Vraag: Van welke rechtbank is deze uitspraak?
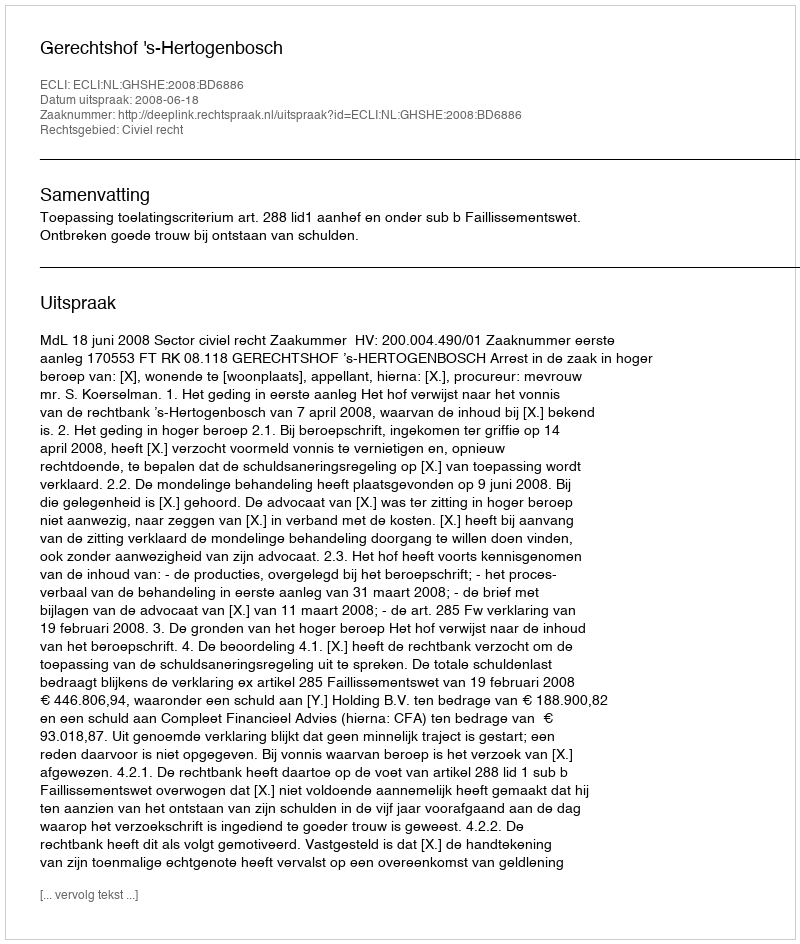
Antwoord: Gerechtshof 's-Hertogenbosch